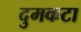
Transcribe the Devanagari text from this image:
दुमकटा